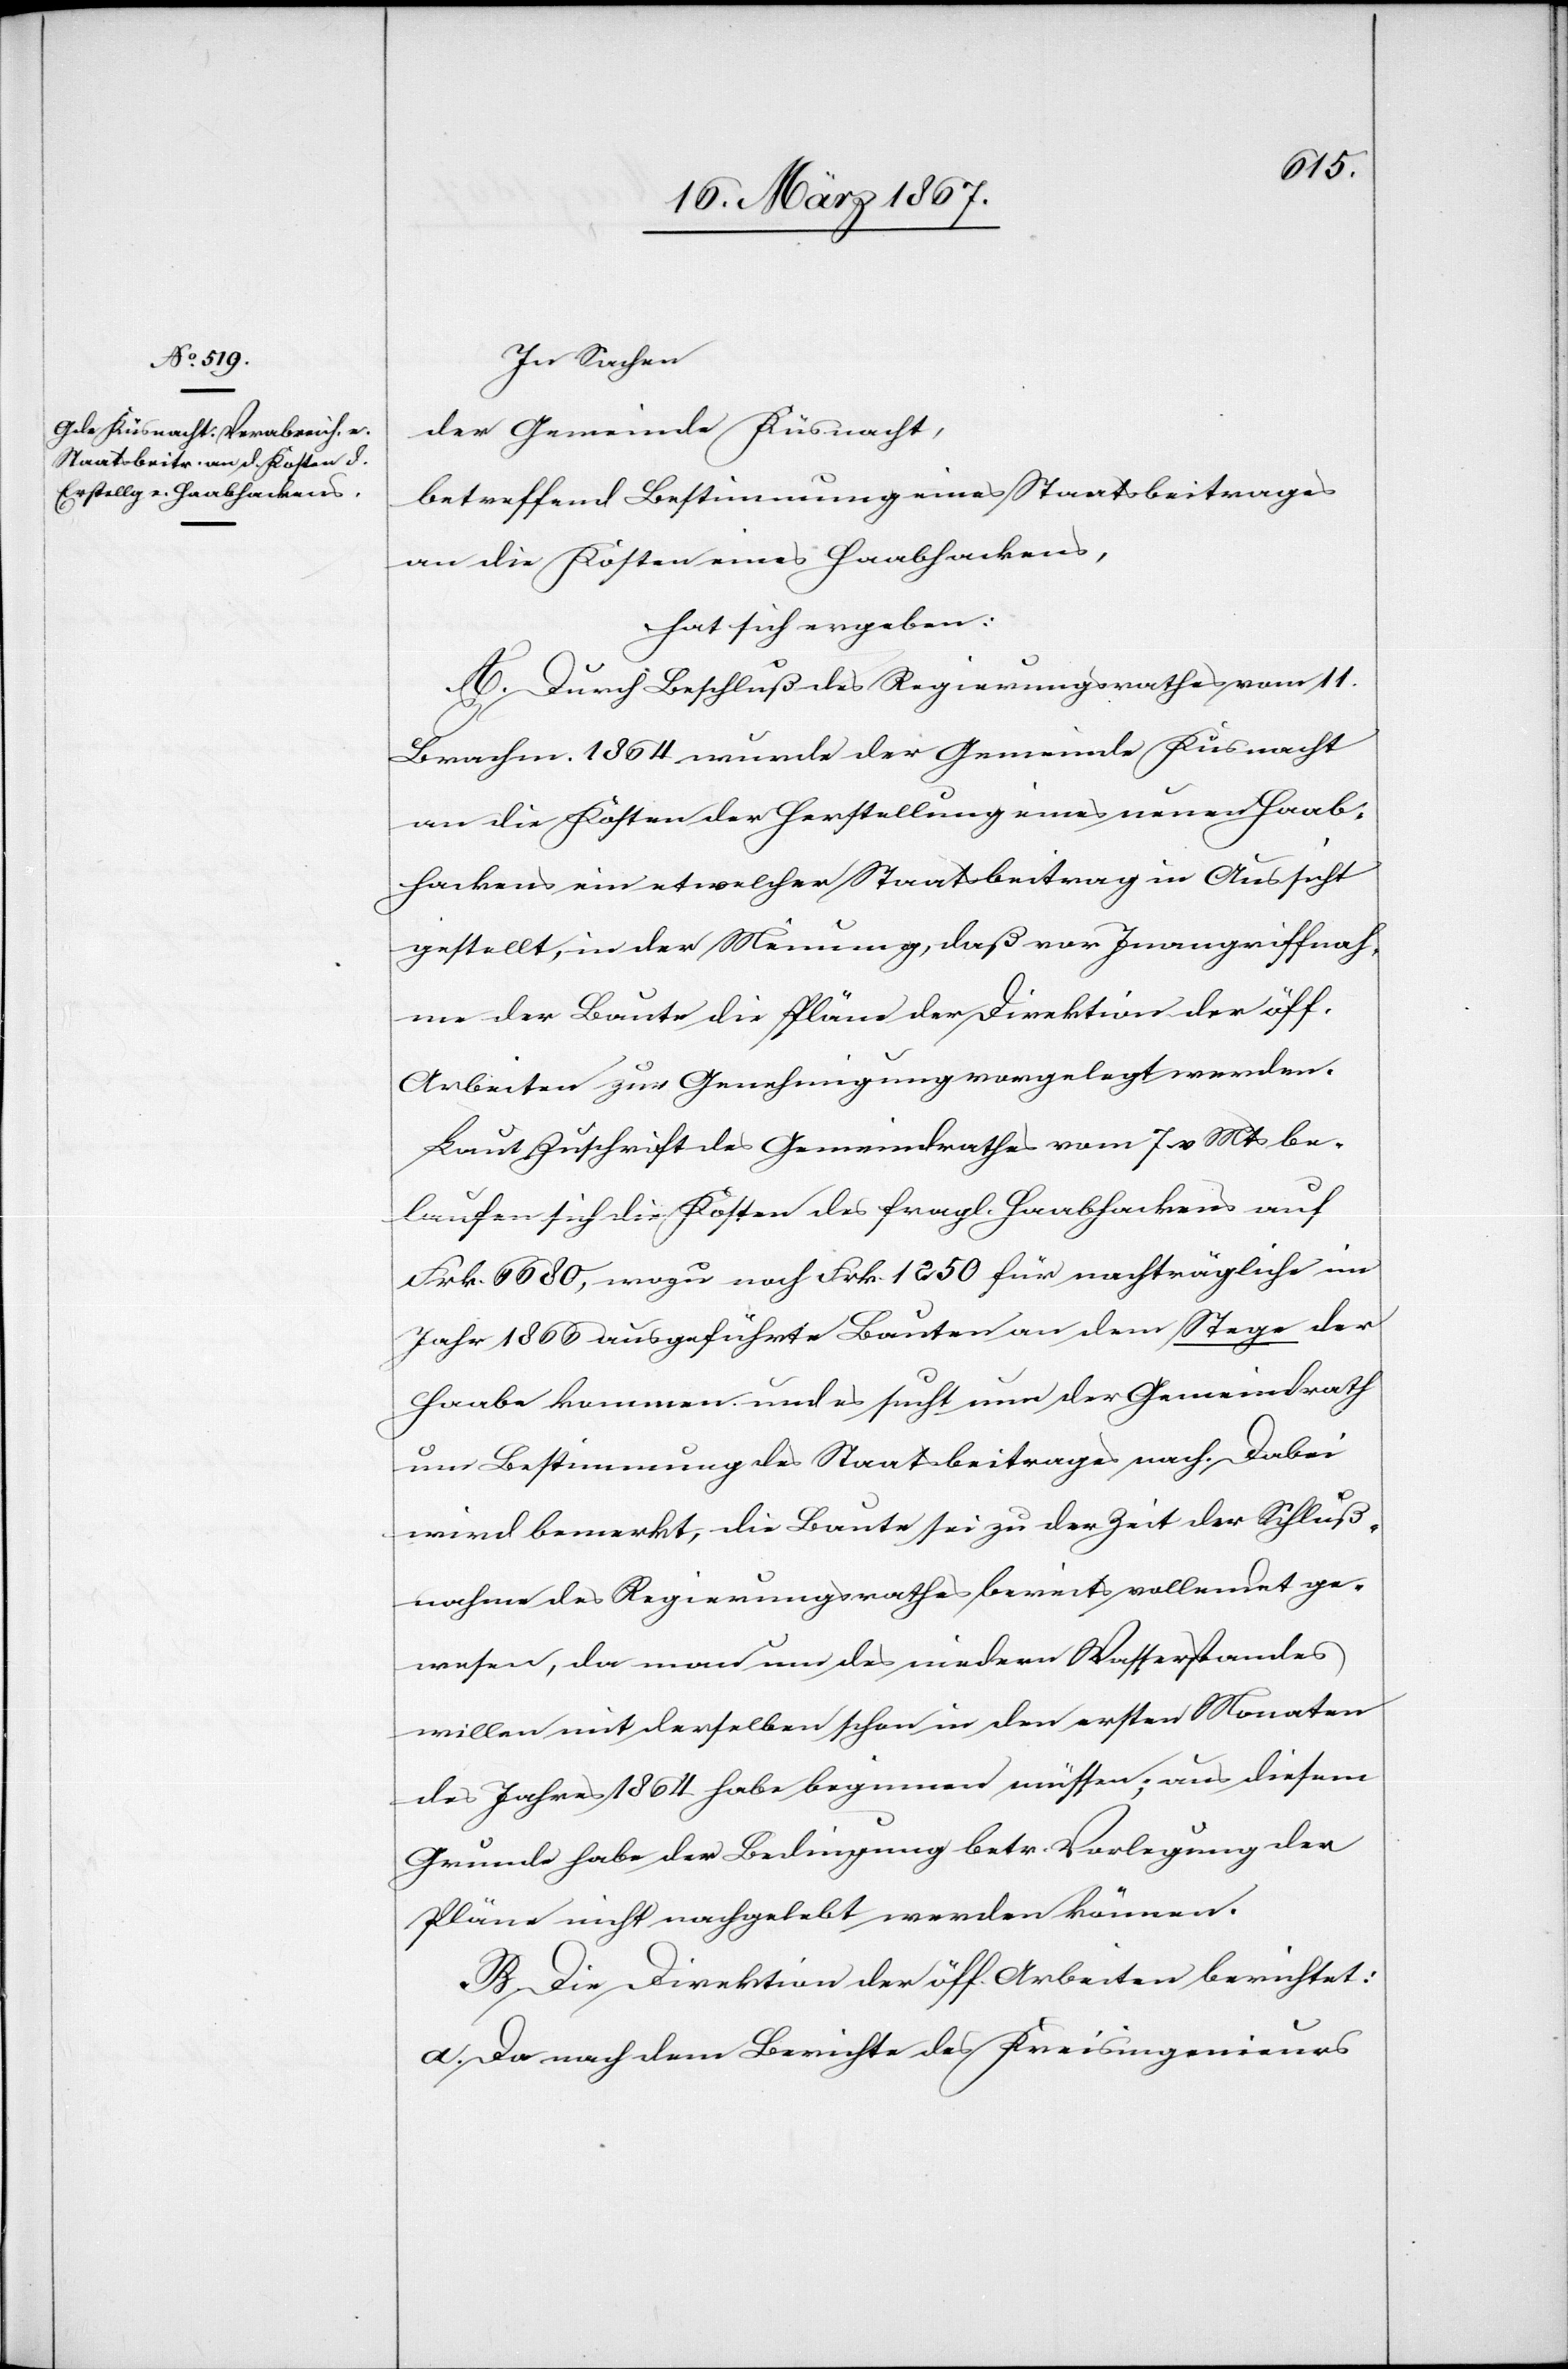
In Sachen
der Gemeinde Küsnacht,
betreffend Bestimmung eines Staatsbeitrages
an die Kosten eines Haabhackens,
hat sich ergeben:
A. Durch Beschluß des Regierungsrathes vom 11.
Brachm. 1864 wurde der Gemeinde Küsnacht
an die Kosten der Herstellung eines neuen Haab¬
hackens ein etwelcher Staatsbeitrag in Aussicht
gestellt, in der Meinung, daß vor Inangriffnah¬
me der Baute die Pläne der Direktion der öff.
Arbeiten zur Genehmigung vorgelegt werden.
Laut Zuschrift des Gemeindrathes vom 7. v. Mts be¬
laufen sich die Kosten des fragl. Haabhackens auf
Frk. 6680, wozu noch Frk. 1250 für nachträgliche im
Jahr 1866 ausgeführte Bauten an dem Stege der
Haabe kommen und es sucht nun der Gemeindrath
um Bestimmung des Staatsbeitrages nach. Dabei
wird bemerkt, die Baute sei zu der Zeit der Schluß¬
nahme des Regierungsrathes bereits vollendet ge¬
wesen, da man um des niedern Wasserstandes
willen mit derselben schon in den ersten Monaten
des Jahres 1864 habe beginnen müssen; aus diesem
Grunde habe der Bedingung betr. Vorlegung der
Pläne nicht nachgelebt werden können.
B. Die Direktion der öff. Arbeiten berichtet:
a.	Da nach dem Berichte des Kreisingenieurs